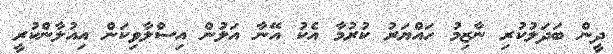
ދީން ބަދަލުކުރި ނާޒިމު ހައްޔަރު ކުރުމާ އެކު އޭނާ އަލުން އިސްލާވިކަން އިއުލާންކުރީ